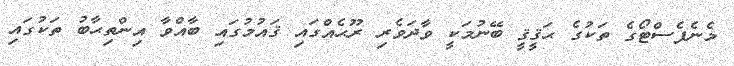
މެނެފެސްޓޯގެ ތަކުގެ ޙަޤީޤީ ބޭނުމަކީ ވާދަވެރި ރޫޙެއްގައި ޤައުމުގައި ބާއްވާ އިންތިޙާބު ތަކުގައި